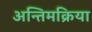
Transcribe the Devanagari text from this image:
अन्तिमक्रिया